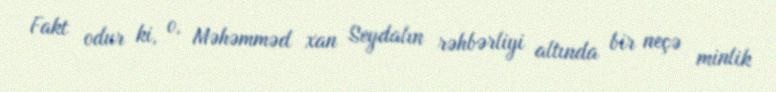
Fakt odur ki, o, Məhəmməd xan Seydalın rəhbərliyi altında bir neçə minlik